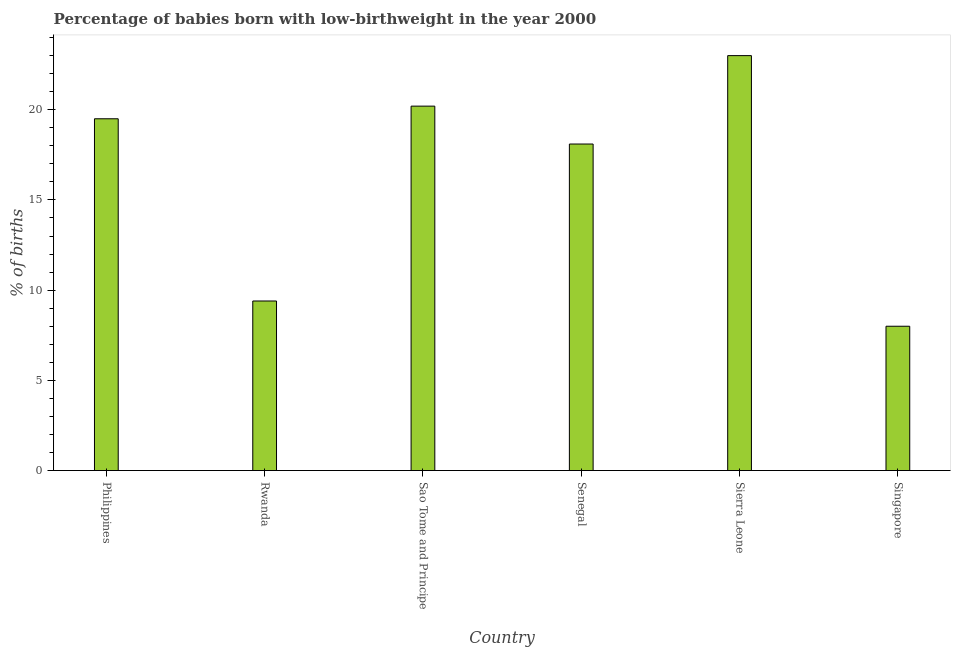
| Country | Low-birthweight babies |
 | --- | --- |
 | Philippines | 19.5 |
 | Rwanda | 9.4 |
 | Sao Tome and Principe | 20.2 |
 | Senegal | 18.1 |
 | Sierra Leone | 23 |
 | Singapore | 8 |